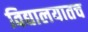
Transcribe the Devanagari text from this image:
विद्यालयातच